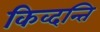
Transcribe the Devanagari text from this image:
किव्दन्ति